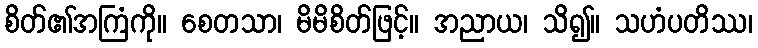
စိတ်၏အကြံကို။ စေတသာ၊ မိမိစိတ်ဖြင့်။ အညာယ၊ သိ၍။ သဟံပတိဿ၊